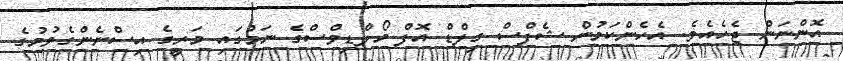
އޮންނަން ޖެހެއެވެ. އެހެންކަމުން ޝެފްސް ގިލްޑް އޮފް މޯލްޑިވްސްގެ ނަމުގައި މަރީގެ އިސްނެންގެވުމުގެ